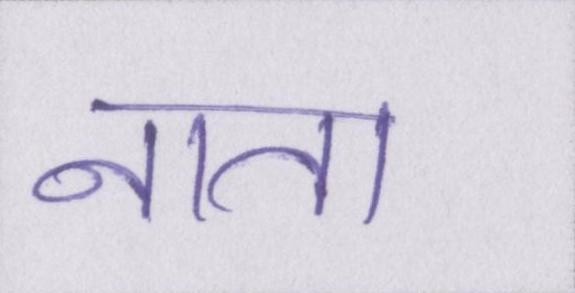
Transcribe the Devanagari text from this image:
नाता